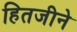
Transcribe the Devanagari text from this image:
हितजीने